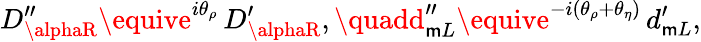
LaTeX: D_{\alphaR}^{\prime\prime}\equive^{i\theta_{\rho}}\, D_{\alphaR}^{\prime},\quadd_{\mathsf{m}L}^{\prime\prime}\equive^{-i(\theta_{\rho}+\theta_{\eta})}\, d_{\mathsf{m}L}^{\prime},